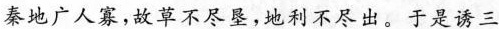
秦地广人寡，故草不尽垦，地利不尽出。于是请三